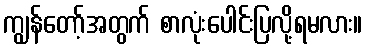
ကျွန်တော့်အတွက် စာလုံးပေါင်းပြလို့ရမလား။